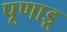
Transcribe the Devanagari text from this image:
पूणाडू